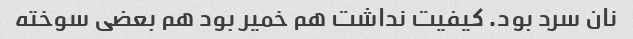
نان سرد بود. کیفیت نداشت هم خمیر بود هم بعضی سوخته